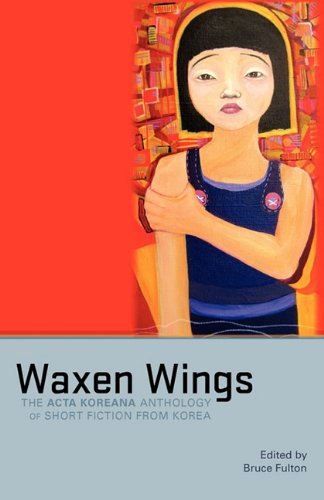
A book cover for Waxen Wings: The Acta Koreana Anthology of Short Fiction from Korea; Bruce Fulton; Literature & Fiction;